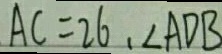
A C = 2 6 、 \angle A D B